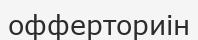
офферториін